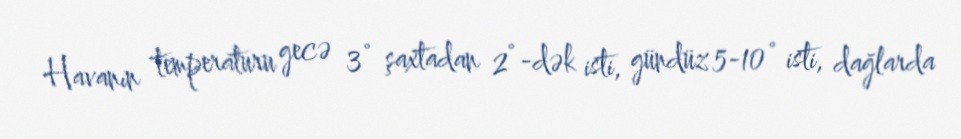
Havanın temperaturu gecə 3° şaxtadan 2°-dək isti, gündüz 5-10° isti, dağlarda